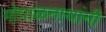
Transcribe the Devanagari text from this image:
गोपाळनाथांनी